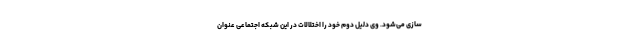
سازی می‌شود. وی دلیل دوم خود را اختلالات در این شبکه اجتماعی عنوان